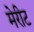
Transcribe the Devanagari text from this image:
मेरीट